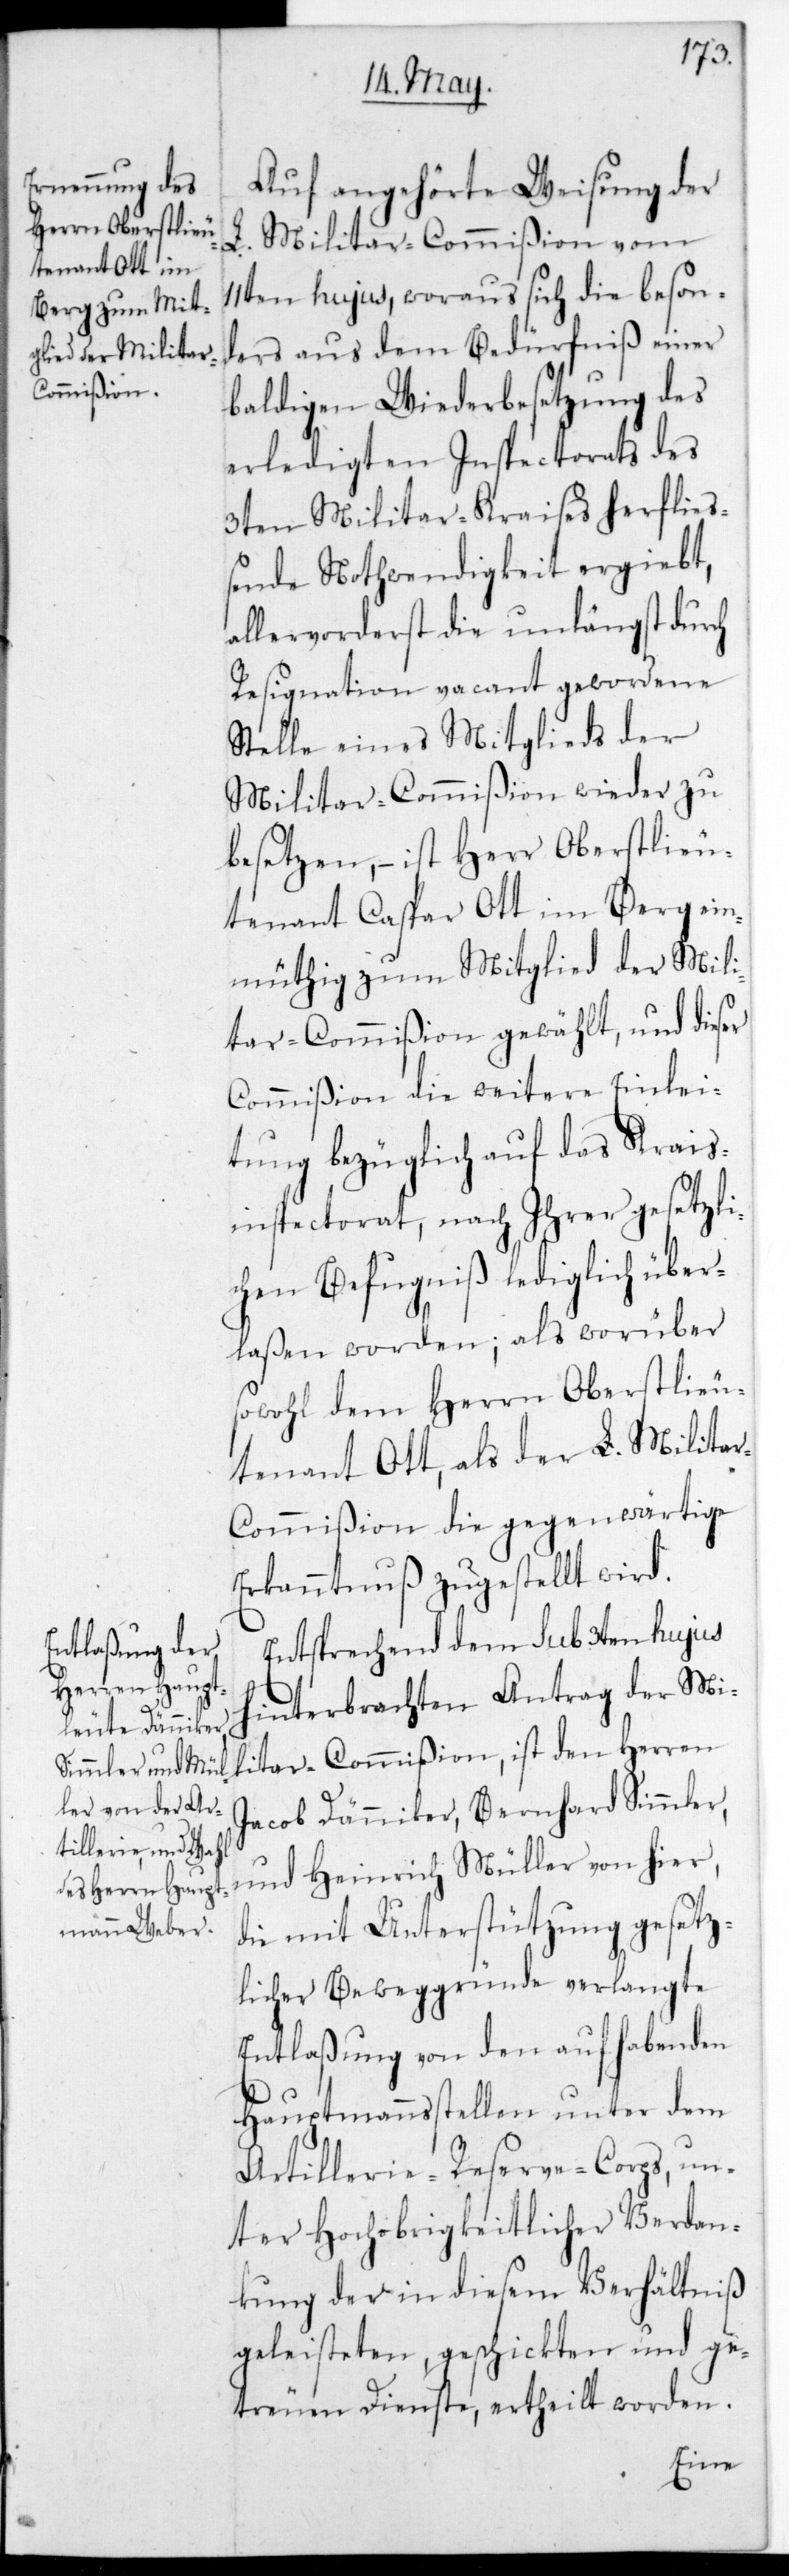
Auf angehörte Weisung der
L. Militar-Commißion vom
11ten hujus, woraus sich die beson¬
ders aus dem Bedürfniß einer
baldigen Wiederbesetzung des
erledigten Inspectorats des
3ten Militär-Kraises herfließ¬
ene Nothwendigkeit ergibt,
allervorderst die unlängst durch
Resignation vacant gewordene
Stelle eines Mitglieds der
Militar-Commißion wieder zu
besetzen, – ist Herr Oberstlieu¬
tenant Caspar Ott im Berg ei¬
nmüthig zum Mitglied der Mili¬
tar-Commißion gewählt, und dieser
Commißion die weitere Einlei¬
tung bezüglich auf das Kreis¬
inspectorat, nach ihrer gesetzli¬
chen Befugniß lediglich über¬
laßen worden; als worüber
sowohl dem Herrn Oberstlieu¬
tenant Ott, als der L. Milita¬
r-Commißion die gegenwärtige
Erkanntnuß zugestellt wird.
Entsprechend dem sub 3ten hujus
hinterbrachten Antrag der Mi¬
litar-Commißion, ist den Herren
Jacob Dänniker, Bernhard Simmler
und Heinrich Müller von hier,
die mit Unterstützung gesetz¬
licher Beweggründe verlangte
Entlaßung von den aufhabenden
Hauptmannsstellen unter dem
Artillerie-Reserve-Corps, un¬
ter Hochobrigkeitlicher Verdan¬
kung der in diesem Verhältniß
geleisteten geschickten und ge¬
treuen Dienste, ertheilt worden.